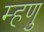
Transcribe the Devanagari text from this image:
म्हणु